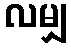
လမျှ